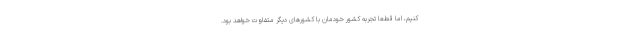
کنیم، اما قطعا تجربه کشور خودمان با کشورهای دیگر متفاوت خواهد بود.